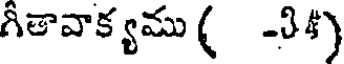
గీతావాక్యము( -34)